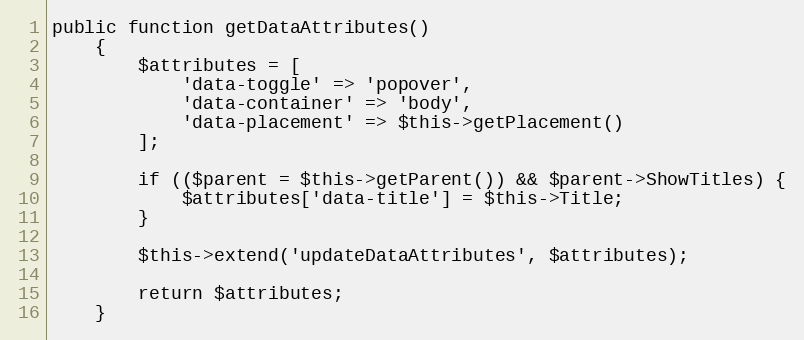
Language: PHP
public function getDataAttributes()
    {
        $attributes = [
            'data-toggle' => 'popover',
            'data-container' => 'body',
            'data-placement' => $this->getPlacement()
        ];

        if (($parent = $this->getParent()) && $parent->ShowTitles) {
            $attributes['data-title'] = $this->Title;
        }

        $this->extend('updateDataAttributes', $attributes);

        return $attributes;
    }